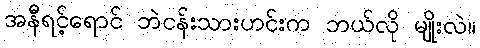
အနီရင့်ရောင် ဘဲငန်းသားဟင်းက ဘယ်လို မျိုးလဲ။